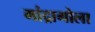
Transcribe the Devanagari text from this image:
मांद्रागोला